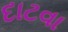
દાટવા